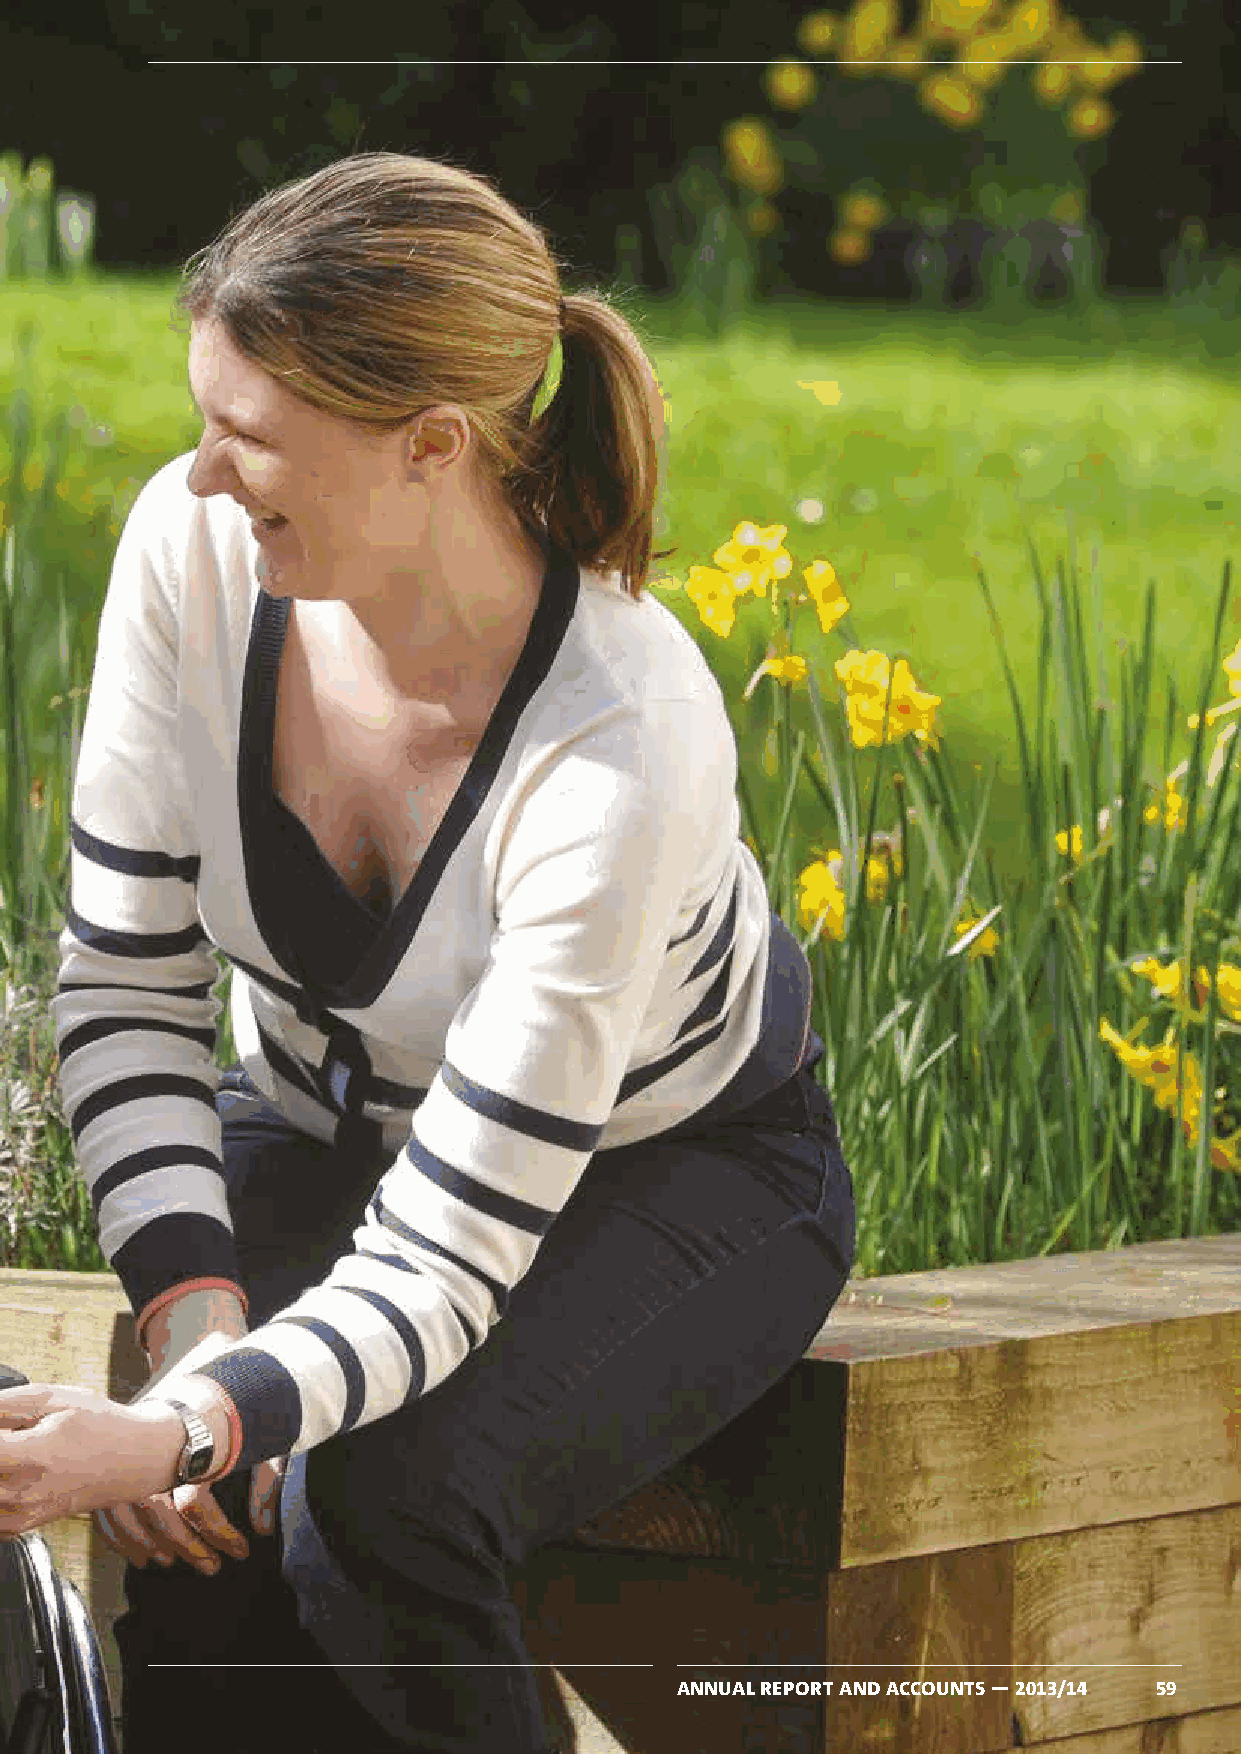
Section 5
 Financial Statements
 ANNUAL REPORT AND ACCOUNTS — 2013/14 59